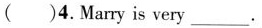
( )4.Marry is very___.